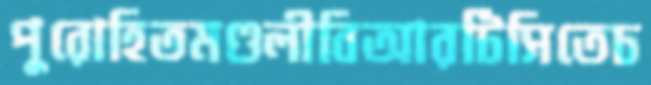
পুরোহিতমণ্ডলীবিআরটিসিতেচ